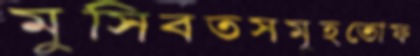
মুসিবতসমূহতোফ